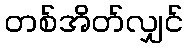
တစ်အိတ်လျှင်